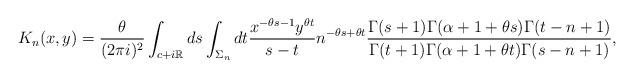
LaTeX: \begin{align*}K_n(x,y) = \frac{\theta}{(2\pi i)^2} \int_{c+i\mathbb R} ds \int_{\Sigma_n} dt \frac{x^{-\theta s-1}y^{\theta t}}{s-t} n^{-\theta s+\theta t} \frac{\Gamma(s+1)\Gamma(\alpha+1+\theta s)\Gamma(t-n+1)}{\Gamma(t+1)\Gamma(\alpha+1+\theta t)\Gamma(s-n+1)} ,\end{align*}